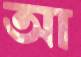
আ